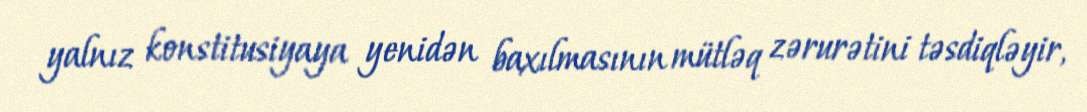
yalnız konstitusiyaya yenidən baxılmasının mütləq zərurətini təsdiqləyir,